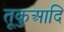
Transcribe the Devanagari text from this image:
तूकुआदि